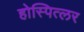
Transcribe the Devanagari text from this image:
होस्पित्लर